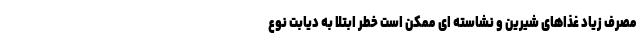
مصرف زیاد غذاهای شیرین و نشاسته ای ممکن است خطر ابتلا به دیابت نوع